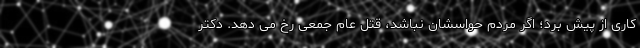
کاری از پیش برد؛ اگر مردم حواسشان نباشد، قتل عام جمعی رخ می دهد. دکتر